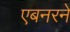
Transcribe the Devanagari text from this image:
एबनरने